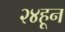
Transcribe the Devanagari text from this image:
२४हून